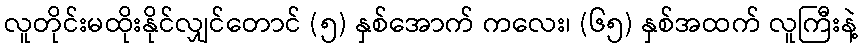
လူတိုင်းမထိုးနိုင်လျှင်တောင် (၅) နှစ်အောက် ကလေး၊ (၆၅) နှစ်အထက် လူကြီးနဲ့